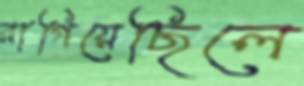
রাগিয়েছিলে